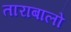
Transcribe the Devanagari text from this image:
ताराबालो